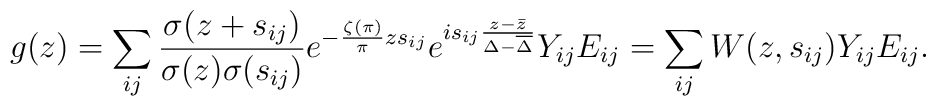
g(z)=\sum_{ij} \frac{\sigma(z+s_{ij})}{\sigma(z)\sigma(s_{ij})}e^{-\frac{\zeta(\pi)}{\pi}zs_{ij}}e^{is_{ij}\frac{z-\bar z}{\Delta -\overline\Delta}}Y_{ij}E_{ij} =\sum_{ij} W(z,s_{ij}) Y_{ij}E_{ij}.